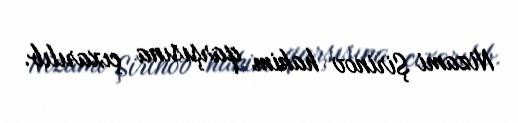
Nizami Şirinov hakim qarşısına çıxarılıb.